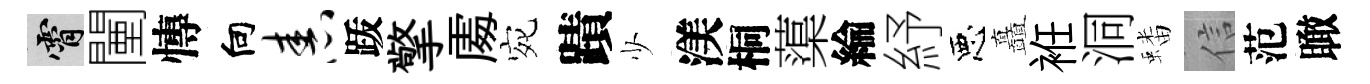
霄闉慱向舂䟦擎𠁅宛蹟少渼桐蕖綸紓惡矗袵洞蟠信范瞰